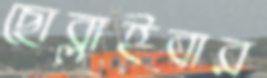
ছোব্‌লাইবার